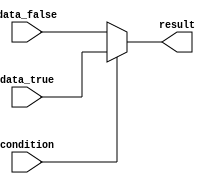
module conditional_assign (
    input wire condition,
    input wire data_true,
    input wire data_false,
    output reg result
);

always @(*) begin
    if (condition)
        result = data_true;
    else
        result = data_false;
end

endmodule